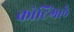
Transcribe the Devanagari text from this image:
कोटिंगले